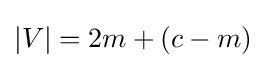
|V|=2m+(c-m)